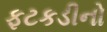
ફટકડીનો